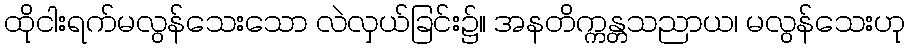
ထိုငါးရက်မလွန်သေးသော လဲလှယ်ခြင်း၌။ အနတိက္ကန္တသညာယ၊ မလွန်သေးဟု